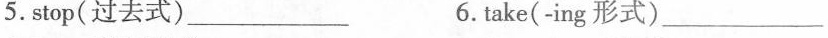
5.stop(过去式)___6. take(-ing 形式)___